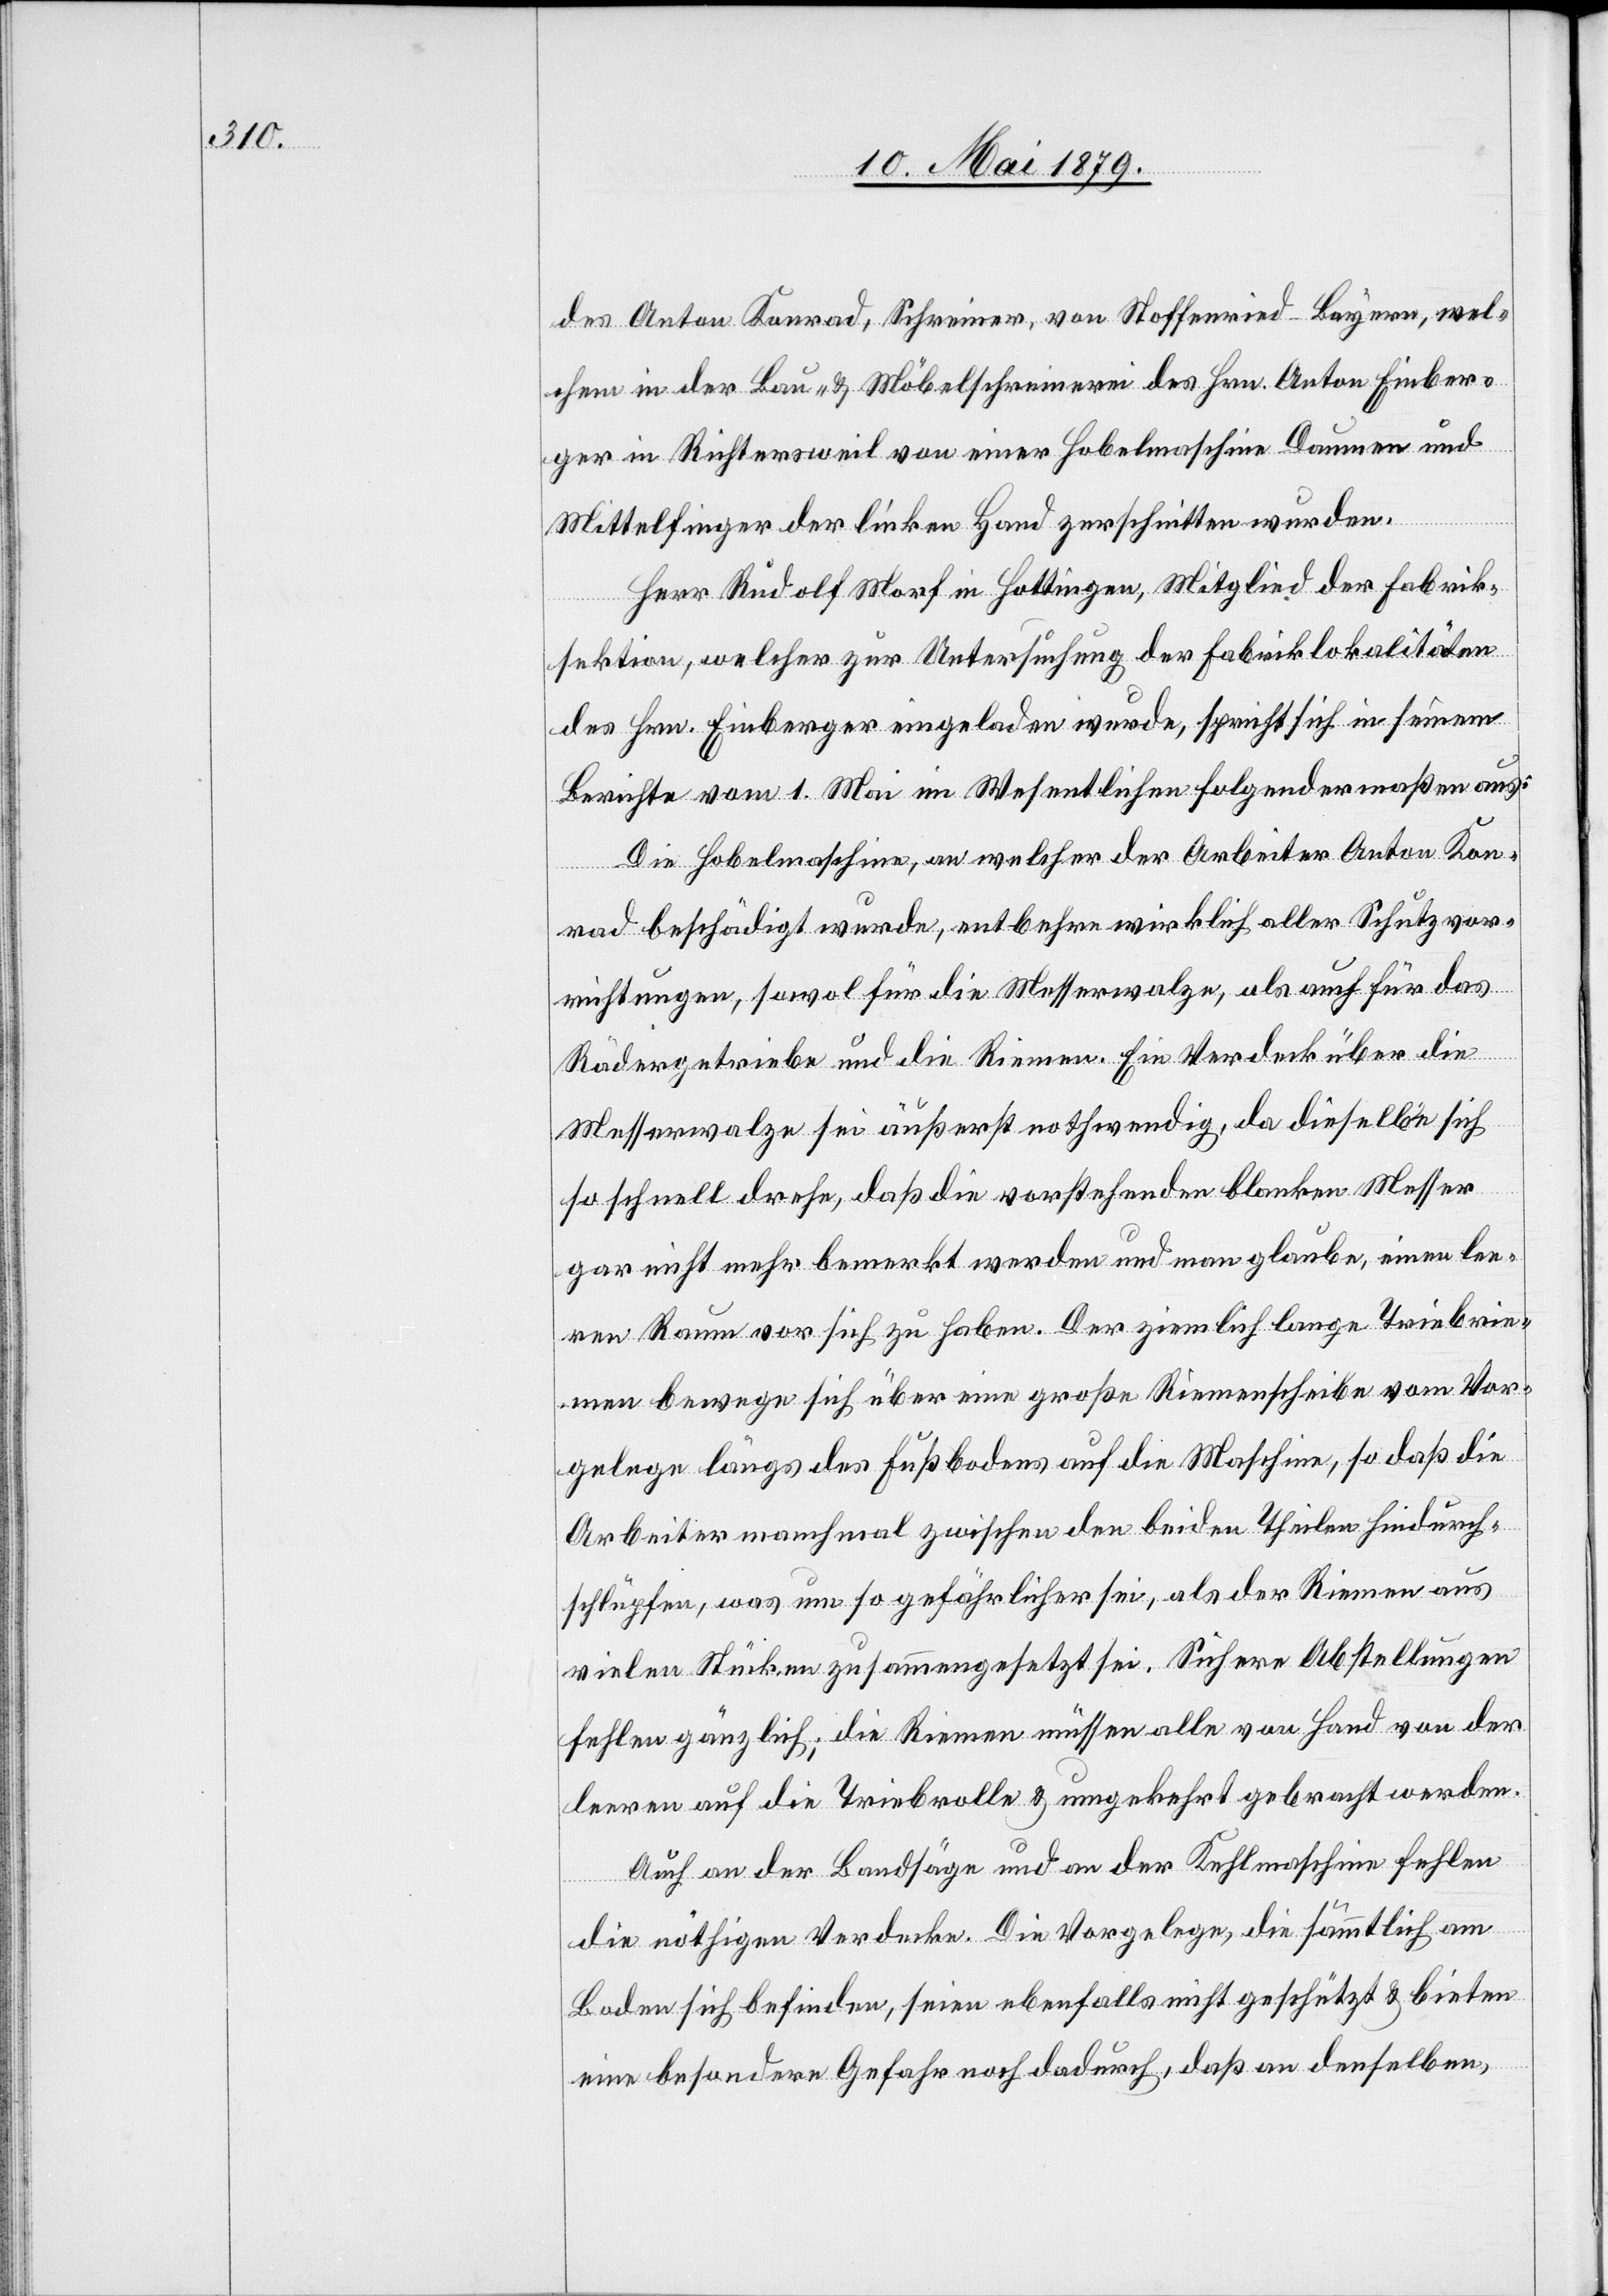
des Anton Konrad, Schreiner, von Stoffenried - Bayern, wel¬
chem in der Bau- & Möbelschreinerei des Hrn. Anton Einber¬
ger in Richtersweil von einer Hobelmaschine Daumen und
Mittelfinger der linken Hand zerschnitten wurden.
Herr Rudolf Morf in Hottingen, Mitglied der Fabrik¬
sektion, welcher zur Untersuchung der Fabriklokalitäten
des Hrn. Einberger eingeladen wurde, spricht sich in seinem
Berichte vom 1. Mai im Wesentlichen folgendermaßen aus:
Die Hobelmaschine, an welcher der Arbeiter Anton Kon¬
rad beschädigt wurde, entbehre wirklich aller Schutzvor¬
richtungen, sowol für die Messerwalze, als auch für das
Rädergetriebe und die Riemen. Ein Verdeck über die
Messerwalze sei äußerst nothwendig, da dieselbe sich
so schnell drehe, daß die vorstehenden blanken Messer
gar nicht mehr bemerkt werden und man glaube, einen lee¬
ren Raum vor sich zu haben. Der ziemlich lange Triebrie¬
men bewege sich über eine große Riemenscheibe vom Vor¬
gelege längs des Fußbodens auf die Maschine, so daß die
Arbeiter manchmal zwischen den beiden Theilen hindurch¬
schlüpfen, was um so gefährlicher sei, als der Riemen aus
vielen Stücken zusammengesetzt sei. Sichere Abstellungen
fehlen gänzlich; die Riemen müssen alle von Hand von der
leeren auf die Triebrolle & umgekehrt gebracht werden.
Auch an der Bandsäge und an der Kehlmaschine fehlen
die nöthigen Verdecke. Die Vorgelege, die sämmtlich am
Boden sich befinden, seien ebenfalls nicht geschützt & bieten
eine besondere Gefahr noch dadurch, daß an denselben,